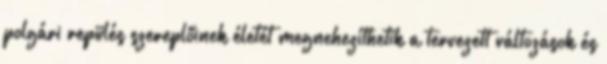
polgári repülés szereplőinek életét megnehezíthetik a tervezett változások és